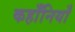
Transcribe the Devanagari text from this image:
कहाँनियाँ